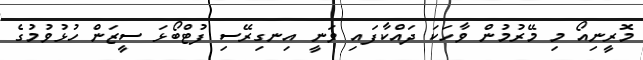
މޮރީނިއޯ މި މޭރުމުން ވާހަކަ ދައްކާފައި ވަނީ އިނގިރޭސި ފުޓްބޯޅަ ސީޒަން ހުޅުވުމުގެ